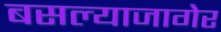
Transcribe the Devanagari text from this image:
बसल्याजागेर